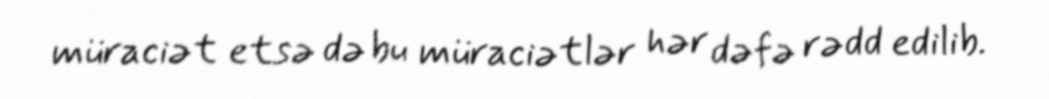
müraciət etsə də bu müraciətlər hər dəfə rədd edilib.